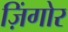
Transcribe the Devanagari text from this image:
ज़िंगोर